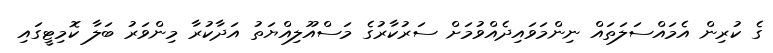
ގެ ކުރިން އެމައްސަލަތައް ނިންމަވައިދެއްވުމަށް ސަރުކާރުގެ މަސްއޫލިއްޔަތު އަދާކުރާ މިންވަރު ބަލާ ކޮމިޓީގައި